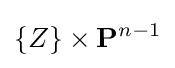
\lbrace Z\rbrace \times \mathbf {P} ^{n-1}